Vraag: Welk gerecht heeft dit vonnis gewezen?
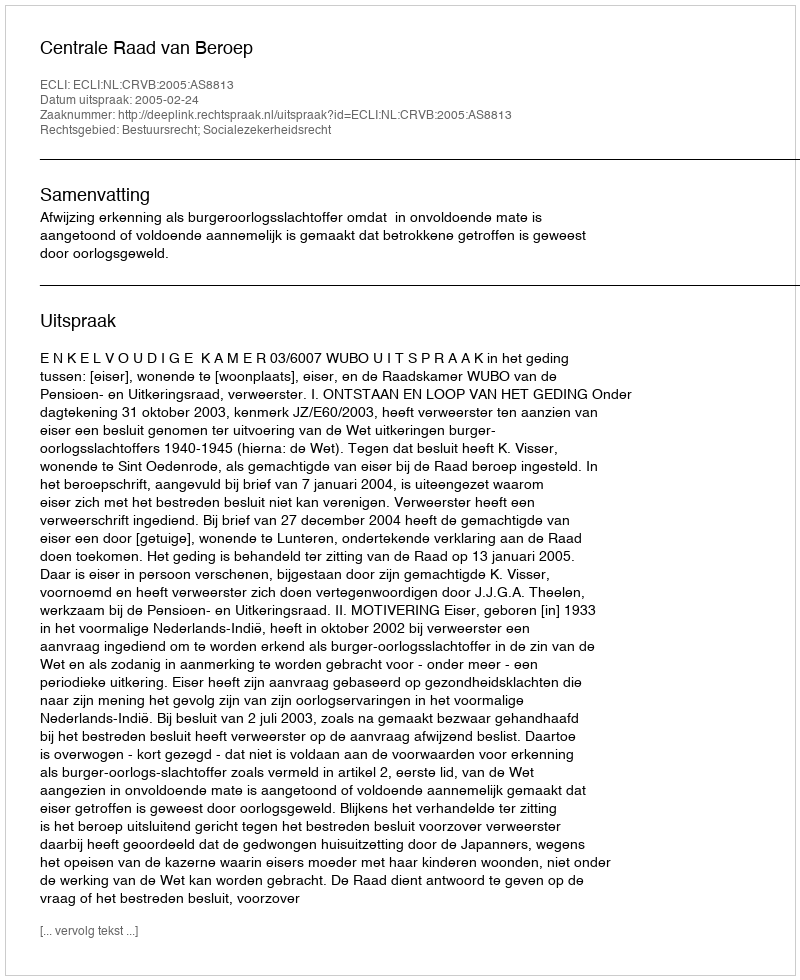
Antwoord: Centrale Raad van Beroep